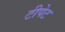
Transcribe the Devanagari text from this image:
टीपेट